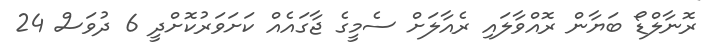
ރޮނާލްޑޯ ބަޔާން ރޮއްވާލައި ރެއާލަށް ސެމީގެ ޖާގައެއް ކަށަވަރުކޮށްދީ 6 ދުވަސް 24